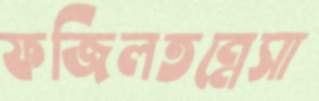
ফজিলতন্নেসা